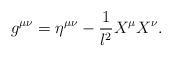
LaTeX: \begin{align*}g^{\mu\nu}= \eta ^{\mu \nu} - \frac{1}{l^2} X^\mu X^\nu.\end{align*}